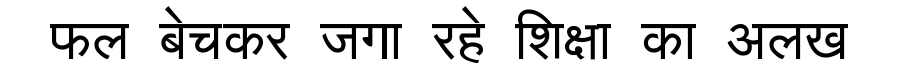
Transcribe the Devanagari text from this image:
फल बेचकर जगा रहे शिक्षा का अलख